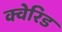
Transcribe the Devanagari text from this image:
क्वेरिड